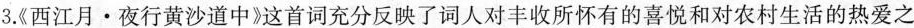
3.《西江月·夜行黄沙道中》这首词充分反映了词人对丰收所怀有的喜悦和对农村生活的热爱之